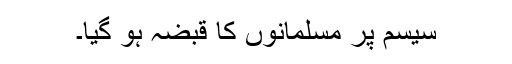
سیسم پر مسلمانوں کا قبضہ ہو گیا۔